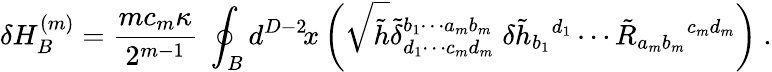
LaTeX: \delta H_{B}^{(m)}=\frac{mc_{m}\kappa}{2^{m-1}}\; \oint_{B}d^{D-2}\! x\left(\sqrt{\tilde{h}}\tilde{\delta}_{d_{1}\cdots c_{m}d_{m}}^{b_{1}\cdots a_{m}b_{m}}\; \delta\tilde{h}_{b_{1}}{}^{d_{1}}\cdots\tilde{R}_{a_{m}b_{m}}{}^{c_{m}d_{m}}\right)\ .